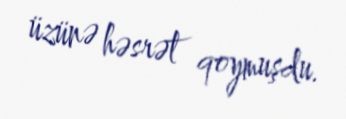
üzünə həsrət qoymuşdu.